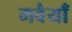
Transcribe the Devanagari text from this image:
मवैयाँ